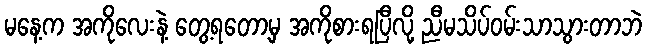
မနေ့က အကိုလေးနဲ့ တွေ့ရတော့မှ အကိုစားရပြီလို့ ညီမသိပ်ဝမ်းသာသွားတာဘဲ